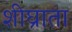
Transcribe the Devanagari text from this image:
शीघ्राता